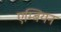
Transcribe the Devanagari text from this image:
एम्बियन